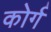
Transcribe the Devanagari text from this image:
कोर्ग